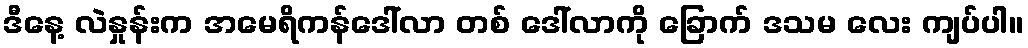
ဒီနေ့ လဲနှုန်းက အမေရိကန်ဒေါ်လာ တစ် ဒေါ်လာကို ခြောက် ဒသမ လေး ကျပ်ပါ။